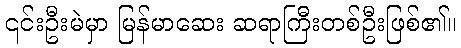
၎င်းဦးမဲမှာ မြန်မာဆေး ဆရာကြီးတစ်ဦးဖြစ်၏။